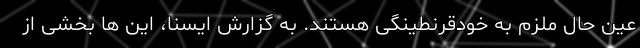
عین حال ملزم به خودقرنطینگی هستند. به گزارش ایسنا، این ها بخشی از